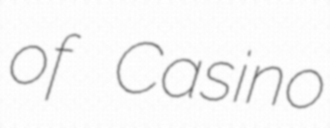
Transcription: of Casino